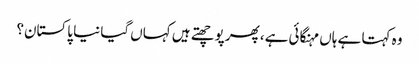
وہ کہتا ہے ہاں مہنگائی ہے، پھر پوچھتے ہیں کہاں گیا نیا پاکستان؟